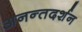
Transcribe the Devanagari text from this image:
अनन्तदर्शन